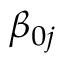
\beta _ { 0 j }